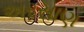
અરસાણ